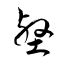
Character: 壑